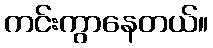
ကင်းကွာနေတယ်။